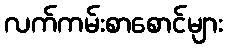
လက်ကမ်းစာစောင်များ